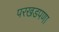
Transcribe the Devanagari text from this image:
परखडपणा